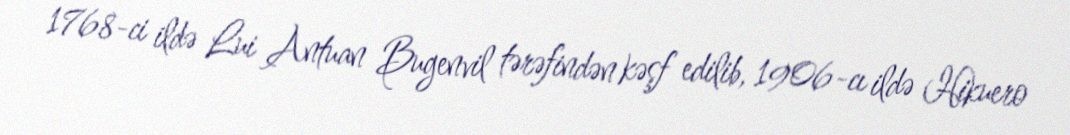
1768-ci ildə Lui Antuan Bugenvil tərəfindən kəşf edilib, 1906-cı ildə Hikuero